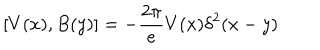
LaTeX: [ V ( x ) , B ( y ) ] = - { \frac { 2 \pi } { e } } V ( x ) \delta ^ { 2 } ( x - y )